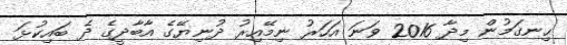
ޙިނގަމުން މިދާ 2016 ވަނަ އަހަރު ނިމޭއިރު ދުނިޔޭގެ އާބާދީގެ ދެ ބައިކުޅަ